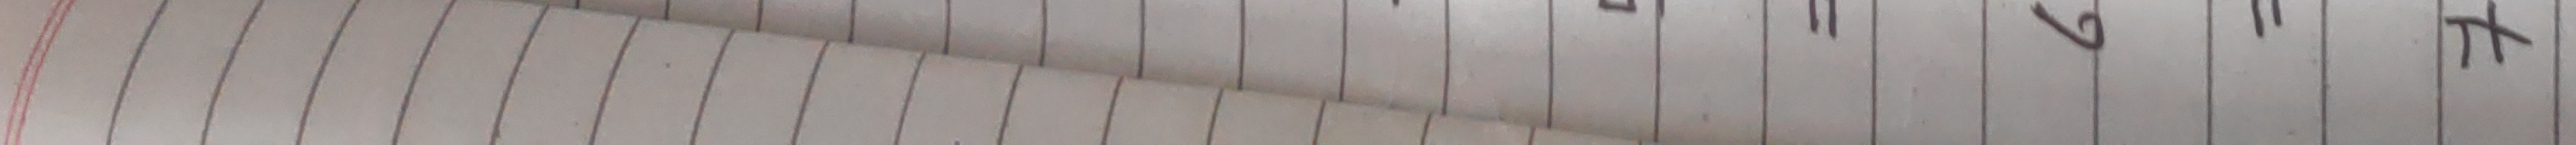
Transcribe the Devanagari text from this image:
११७८५